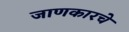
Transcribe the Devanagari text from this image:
जाणकारचे